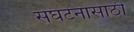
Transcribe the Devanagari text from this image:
संघटनासाठी